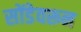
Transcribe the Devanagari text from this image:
सोंडेवरून